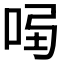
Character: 𠱣